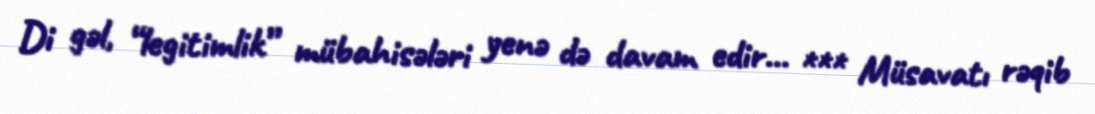
Di gəl, “legitimlik” mübahisələri yenə də davam edir... *** Müsavatı rəqib